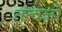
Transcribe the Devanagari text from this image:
तत्वज्ञों